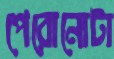
পেরোনোটা